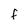
Character: F